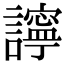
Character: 𧭈